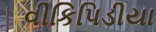
વીકિપિડીયા